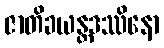
ဇာတိခယန္တဒဿိနော